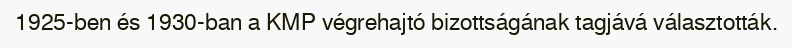
1925-ben és 1930-ban a KMP végrehajtó bizottságának tagjává választották.